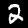
Digit: 2